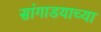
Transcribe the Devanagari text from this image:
सांगाडयाच्या